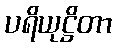
ပရိယုဋ္ဌိတာ